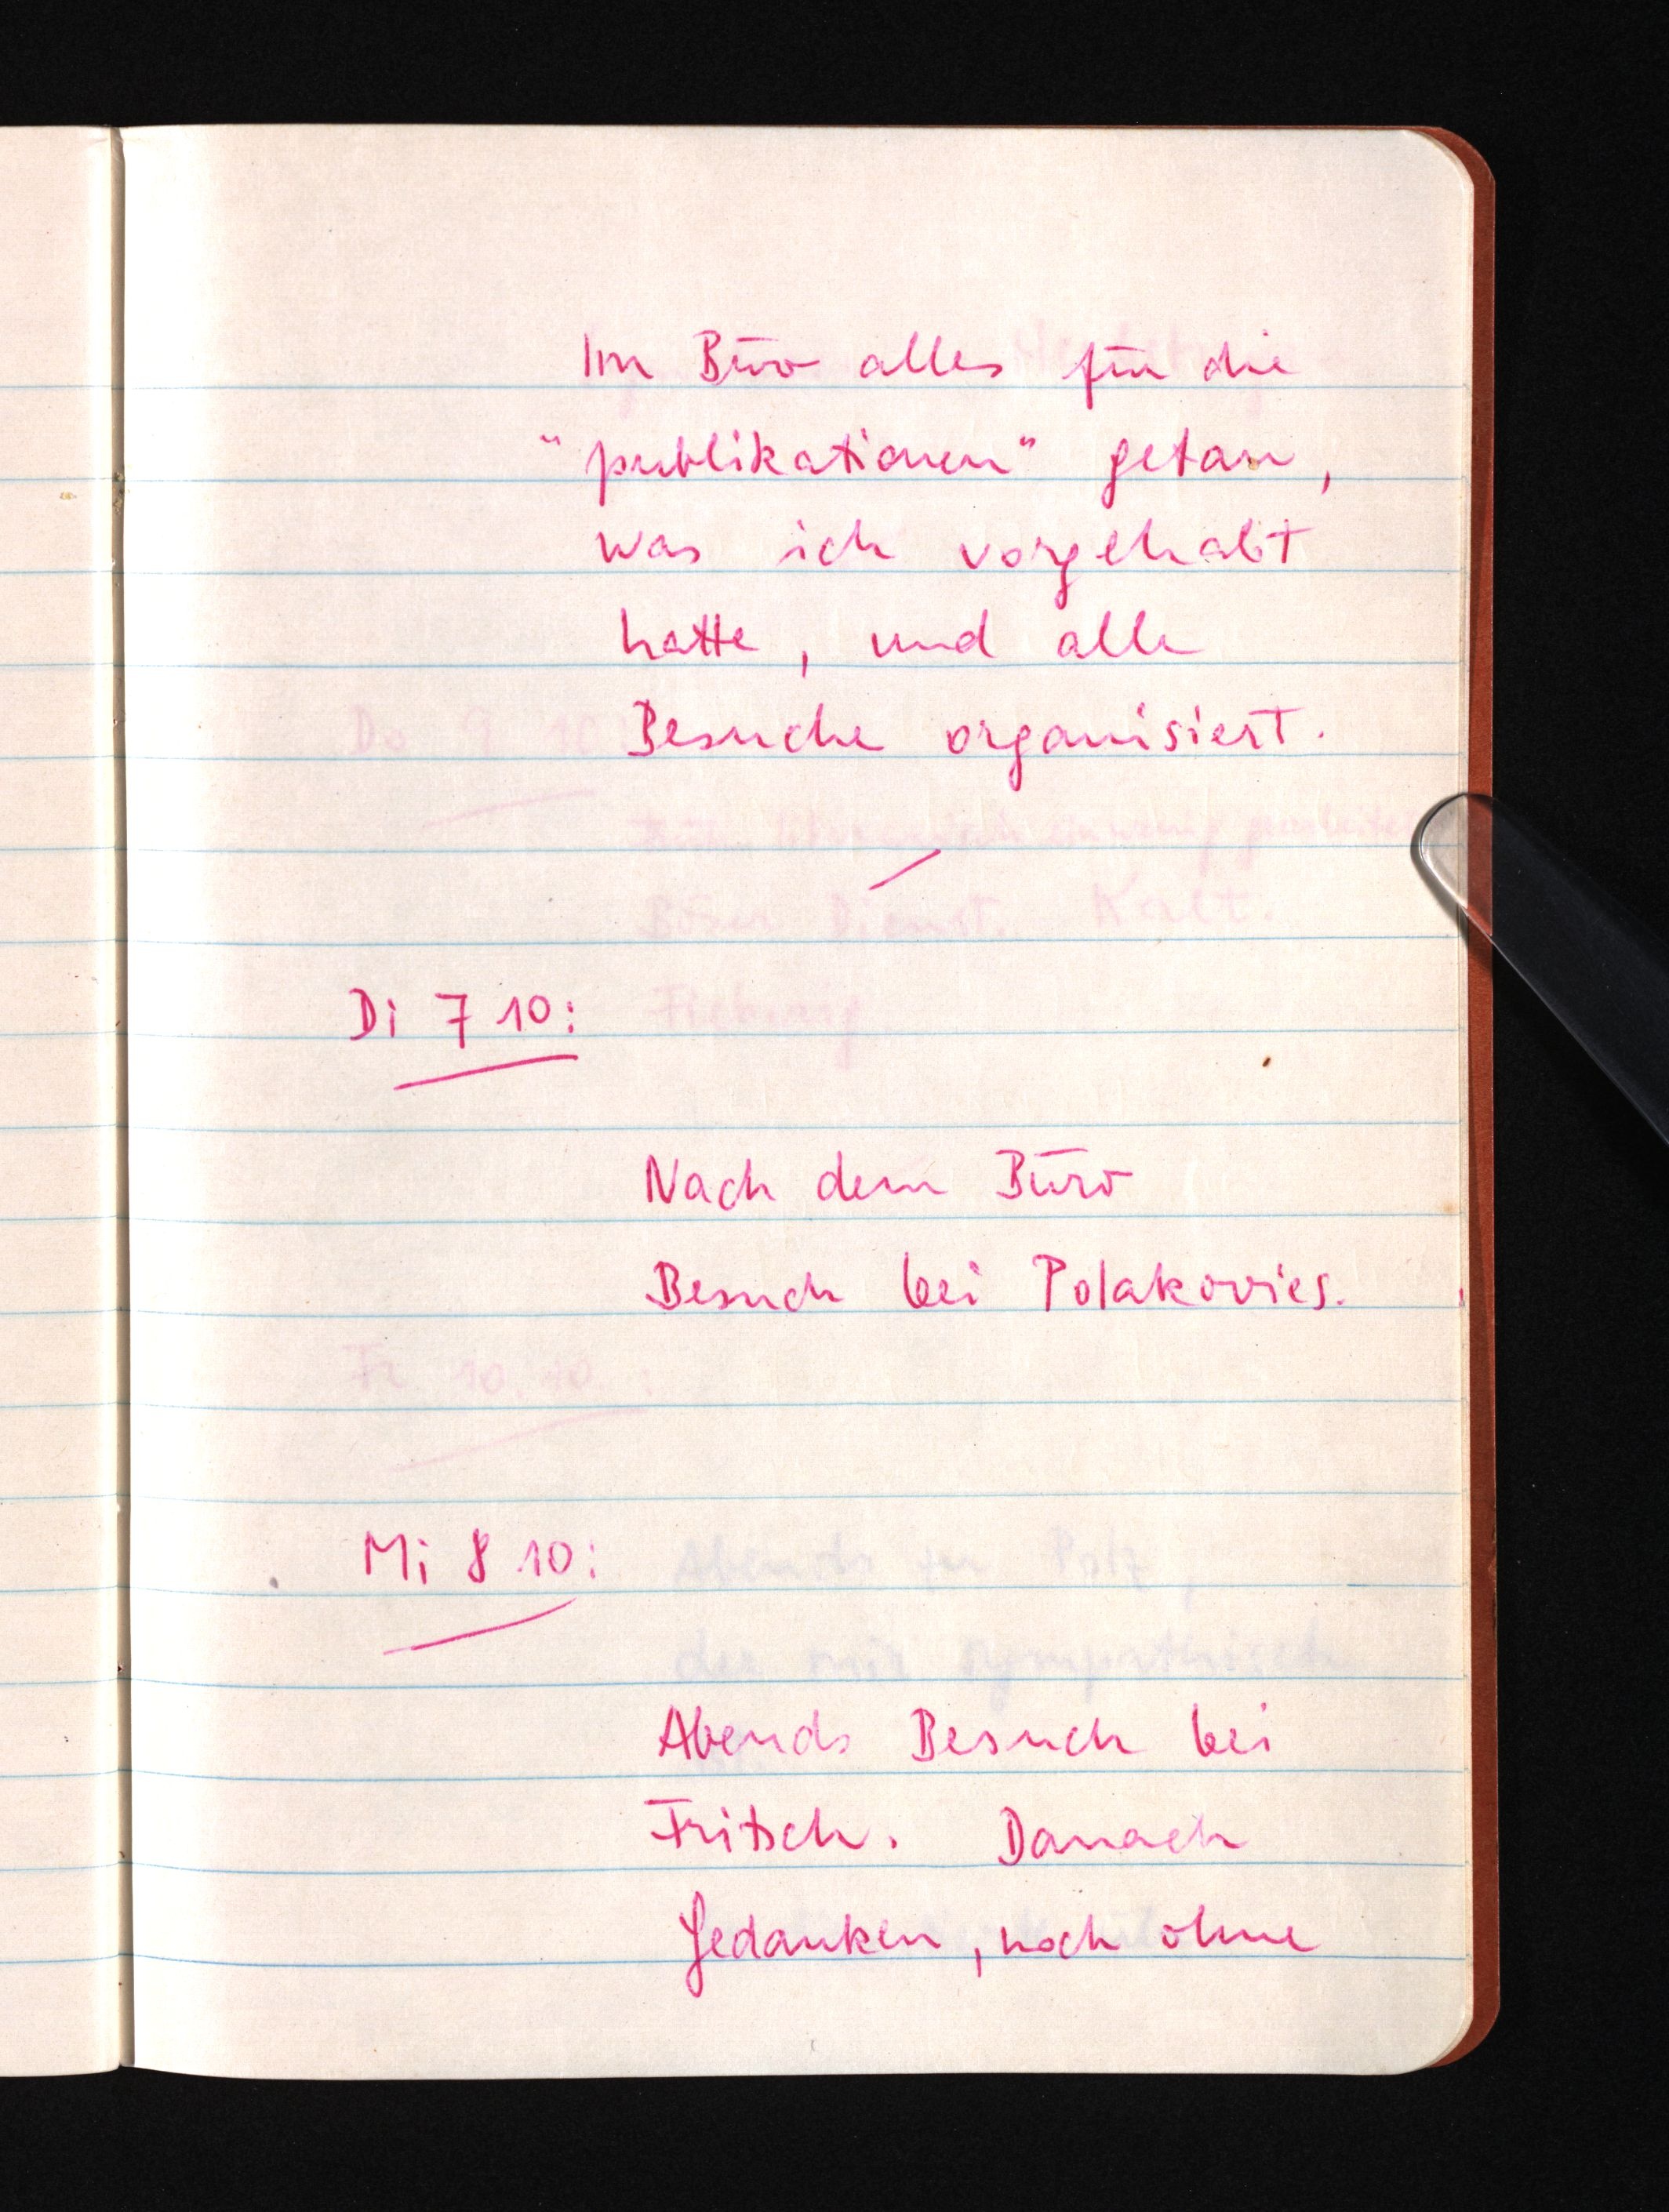
Im Büro alles für die
"publikationen" getan,
was ich vorgehabt
hatte, und alle
Besuche organisiert.
Di 7 10:
Nach dem Büro
Besuch bei Polakovics.
Mi 8 10:
Abends Besuch bei
Fritsch. Danach
Gedanken, noch ohne